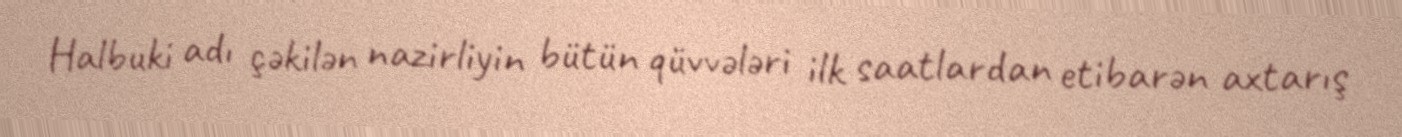
Halbuki adı çəkilən nazirliyin bütün qüvvələri ilk saatlardan etibarən axtarış